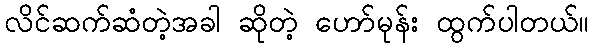
လိင်ဆက်ဆံတဲ့အခါ ဆိုတဲ့ ဟော်မုန်း ထွက်ပါတယ်။